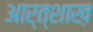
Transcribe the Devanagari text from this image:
आर्त्शाख़